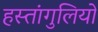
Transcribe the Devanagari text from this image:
हस्तांगुलियों